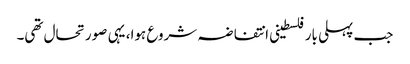
جب پہلی بار فلسطینی انتفاضہ شروع ہوا، یہی صورتحال تھی۔